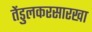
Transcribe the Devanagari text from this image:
तेंडुलकरसारखा